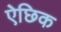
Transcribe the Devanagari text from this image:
ऐछिक